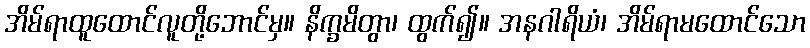
အိမ်ရာထူထောင်လူတို့ဘောင်မှ။ နိက္ခမိတွာ၊ ထွက်၍။ အနဂါရိယံ၊ အိမ်ရာမထောင်သော